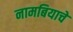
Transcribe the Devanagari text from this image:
नामबियाचे